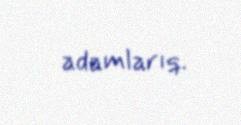
adamlarıq.